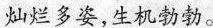
灿烂多姿，生机勃勃。